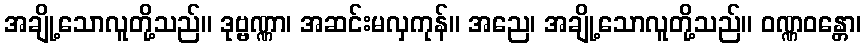
အချို့သောလူတို့သည်။ ဒုဗ္ဗဏ္ဏာ၊ အဆင်းမလှကုန်။ အညေ၊ အချို့သောလူတို့သည်။ ဝဏ္ဏဝန္တော၊